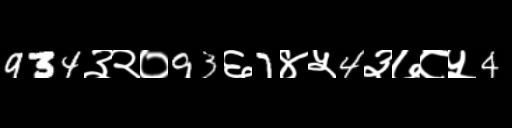
Text: 934३२०93६7४५4३७८५4